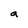
Character: a